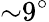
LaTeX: {\sim}9^{\circ}